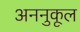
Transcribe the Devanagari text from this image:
अननुकूल